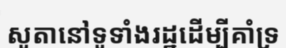
សូតានៅទូទាំងរដ្ឋដើម្បីគាំទ្រ